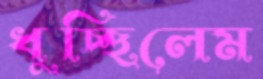
ধুচ্ছিলেম